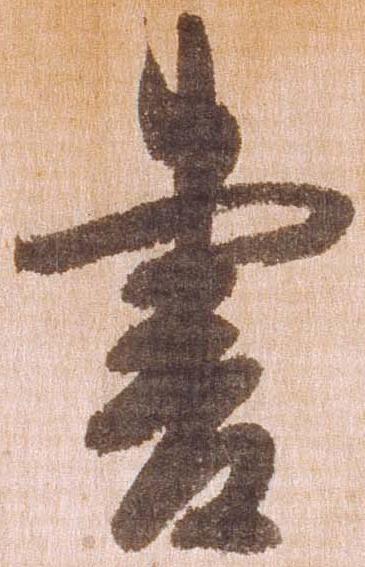
書